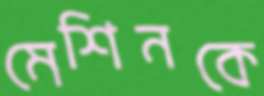
মেশিনকে